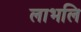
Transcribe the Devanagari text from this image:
लाभलि